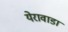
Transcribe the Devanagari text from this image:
येरावाडा